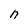
Character: n